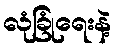
လုံခြုံရေးနဲ့